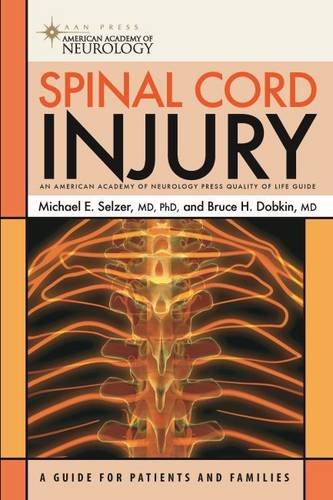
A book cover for Spinal Cord Injury (American Academy of Neurology Press Quality of Life Guide Series); Michael E. Selzer MD  PhD; Health, Fitness & Dieting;